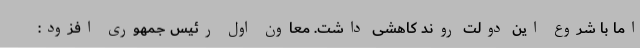
اما با شروع این دولت روند کاهشی داشت. معاون اول رئیس جمهوری افزود: